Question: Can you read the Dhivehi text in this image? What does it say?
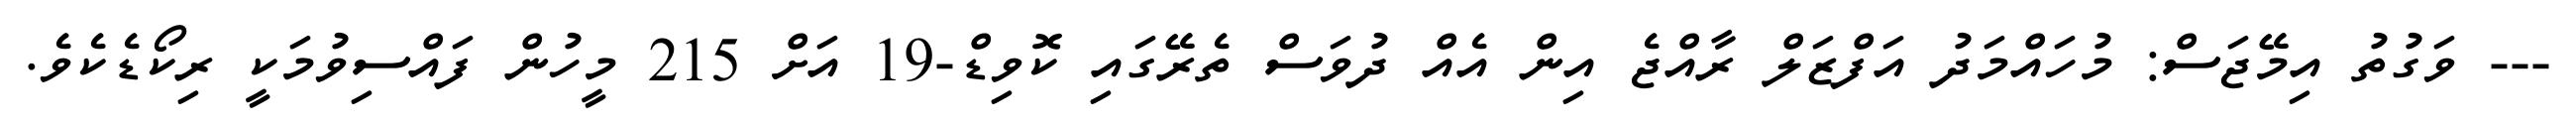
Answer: --- ވަގުތު އިމޭޖަސް: މުހައްމަދު އަފްޒަލް ރާއްޖެ އިން އެއް ދުވަސް ތެރޭގައި ކޮވިޑް-19 އަށް 215 މީހުން ފައްސިވުމަކީ ރިކޯޑެކެވެ.